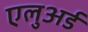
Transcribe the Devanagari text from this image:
एलुअर्ड